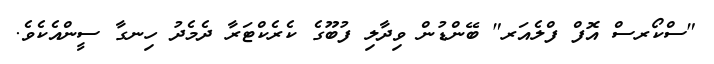
"ސްކޯރސް އޮފް ފްލެއަރ" ބޭންޑުން ވިދާލި ފުބޫގެ ކެރެކްޓަރާ ދެމެދު ހިނގާ ސީންއެކެވެ.